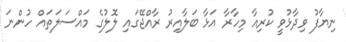
ނިޔާފު ވިދާޅުވީ ކުރިއާ މިހާރާ އަޅާ ބަލާއިރު ރާއްޖޭގައި ލޮލުގެ މައްސަލަތައް ހުންނަ